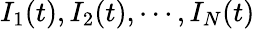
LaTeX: I_{1}(t),I_{2}(t),\cdots,I_{N}(t)